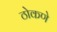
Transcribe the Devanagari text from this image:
ठोकणे